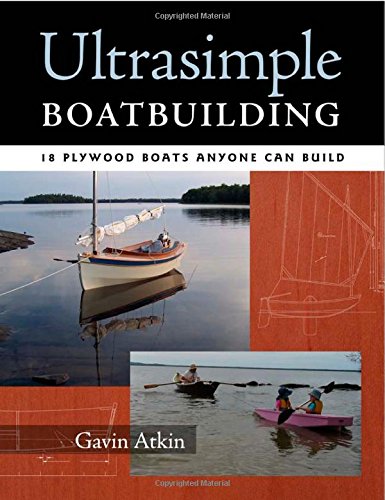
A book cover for Ultrasimple Boat Building: 17 Plywood Boats Anyone Can Build; Gavin Atkin; Sports & Outdoors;